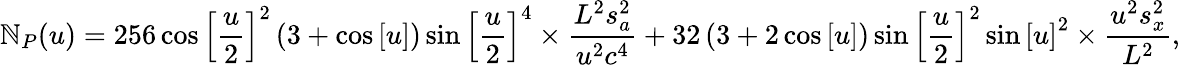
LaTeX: {\mathbb{N}_{P}}(u)=256\cos{\left[{\frac{{u}}{{2}}}\right]^{2}}\left({3+\cos\left[u\right]}\right)\sin{\left[{\frac{{u}}{{2}}}\right]^{4}}\times\frac{{{{L^{2}}s_{a}^{2}}}}{{{{u^{2}}{c^{4}}}}}+32\left({3+2\cos\left[u\right]}\right)\sin{\left[{\frac{{u}}{{2}}}\right]^{2}}\sin{\left[u\right]^{2}}\times\frac{{{{u^{2}}s_{x}^{2}}}}{{{{L^{2}}}}},